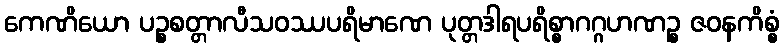
ကေဏိယော ပဉ္စစတ္တာလီသဝဿပရိမာဏေ ပုတ္တဒါရပရိစ္စာဂဂ္ဂဟဏဉ္စ ဇဝနကိစ္စံ